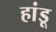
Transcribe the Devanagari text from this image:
हांडू